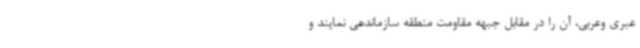
عبری وعربی، آن را در مقابل جبهه مقاومت منطقه‌ سازماندهی نمایند و